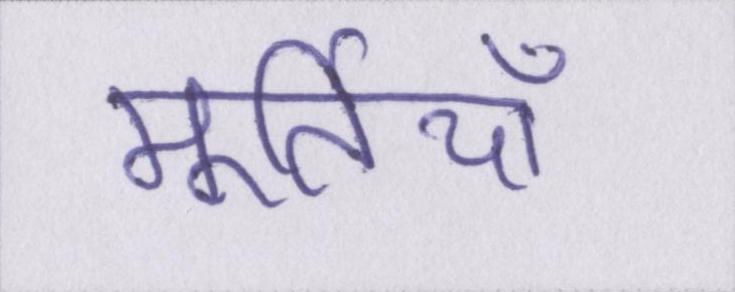
मूर्तियाँ